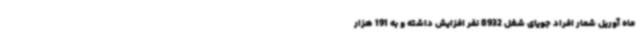
ماه آوریل شمار افراد جویای شغل 8932 نفر افزایش داشته و به 191 هزار